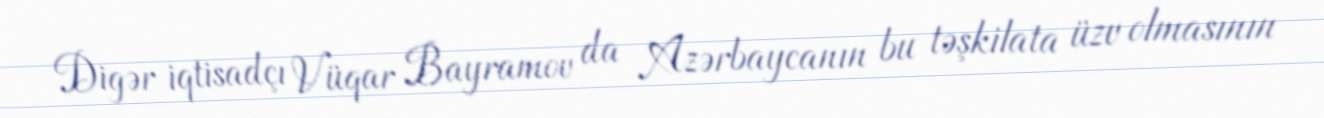
Digər iqtisadçı Vüqar Bayramov da Azərbaycanın bu təşkilata üzv olmasının